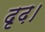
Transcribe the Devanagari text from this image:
दृढ़।